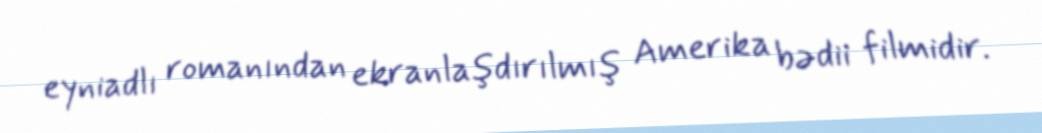
eyniadlı romanından ekranlaşdırılmış Amerika bədii filmidir.